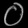
Digit: ၀